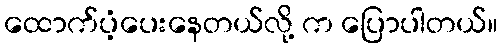
ထောက်ပံ့ပေးနေတယ်လို့ က ပြောပါတယ်။